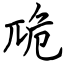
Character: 卼